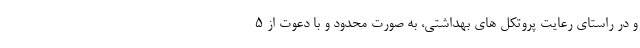
و در راستای رعایت پروتکل های بهداشتی، به صورت محدود و با دعوت از 5